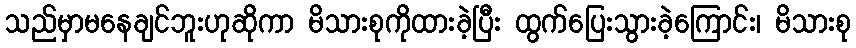
သည်မှာမနေချင်ဘူးဟုဆိုကာ မိသားစုကိုထားခဲ့ပြီး ထွက်ပြေးသွားခဲ့ကြောင်း၊ မိသားစု